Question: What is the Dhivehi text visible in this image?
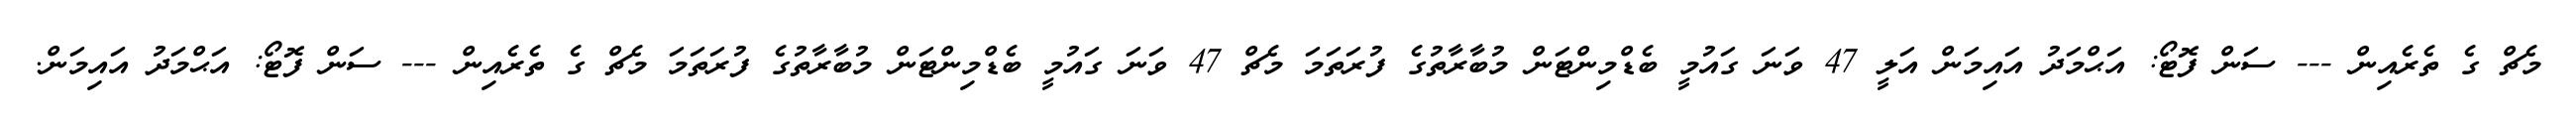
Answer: މެޗް ގެ ތެރެއިން --- ސަން ފޮޓޯ: އަޙްމަދު އައިމަން އަލީ 47 ވަނަ ގައުމީ ބެޑްމިންޓަން މުބާރާތުގެ ފުރަތަމަ މެޗް 47 ވަނަ ގައުމީ ބެޑްމިންޓަން މުބާރާތުގެ ފުރަތަމަ މެޗް ގެ ތެރެއިން --- ސަން ފޮޓޯ: އަޙްމަދު އައިމަން.